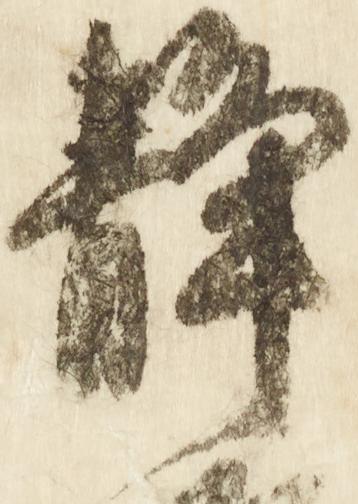
静